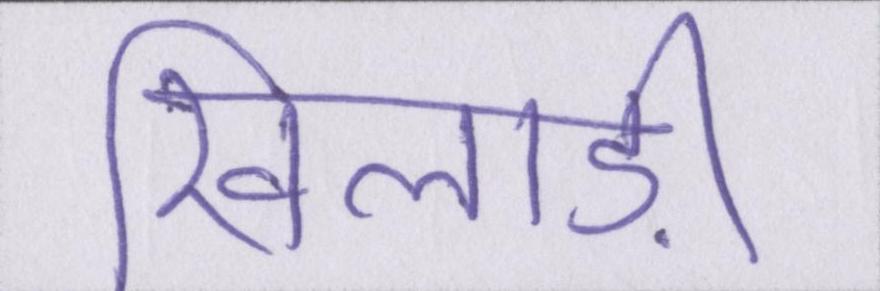
खिलाड़ी